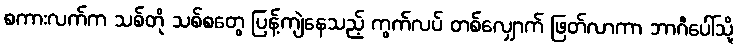
စကားလက်က သစ်တို သစ်စတွေ ပြန့်ကျဲနေသည့် ကွက်လပ် တစ်လျှောက် ဖြတ်လာကာ ဘာဂီပေါ်သို့